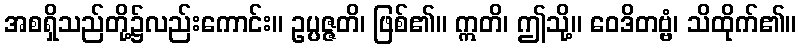
အစရှိသည်တို့၌လည်းကောင်း။ ဥပ္ပဇ္ဇတိ၊ ဖြစ်၏။ ဣတိ၊ ဤသို့။ ဝေဒိတဗ္ဗံ၊ သိထိုက်၏။